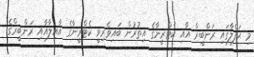
މި ޙަފްލާގައި ރަންބީރް އާއި ކެޓްރީނާގެ އިތުރުން ބައިވެރިވީ ކެޓްރީނާގެ އާއިލާއާއި ރަންބީރްގެ